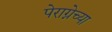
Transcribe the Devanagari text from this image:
पेराग्नेच्या